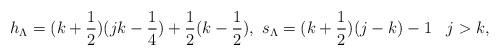
LaTeX: \begin{align*}h_{\Lambda}=(k+ \frac{1}{2} )( jk- \frac{1}{4} )+ \frac{1}{2}(k- \frac{1}{2}),\,\, s_{\Lambda}=(k+ \frac{1}{2})(j-k)-1\,\;\,\;j > k,\end{align*}